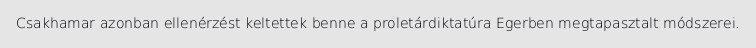
Csakhamar azonban ellenérzést keltettek benne a proletárdiktatúra Egerben megtapasztalt módszerei.